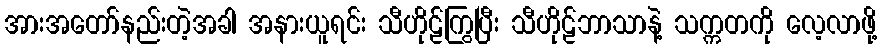
အားအတော်နည်းတဲ့အခါ အနားယူရင်း သီဟိုဠ်ကြွပြီး သီဟိုဠ်ဘာသာနဲ့ သက္ကတကို လေ့လာဖို့